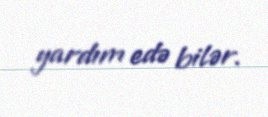
yardım edə bilər.